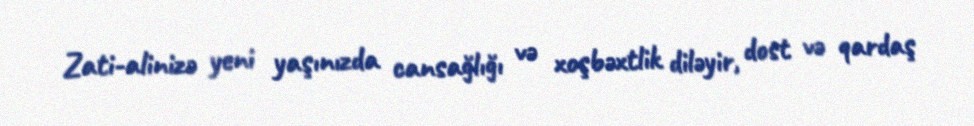
Zati-alinizə yeni yaşınızda cansağlığı və xoşbəxtlik diləyir, dost və qardaş